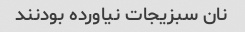
نان سبزیجات نیاورده بودنند